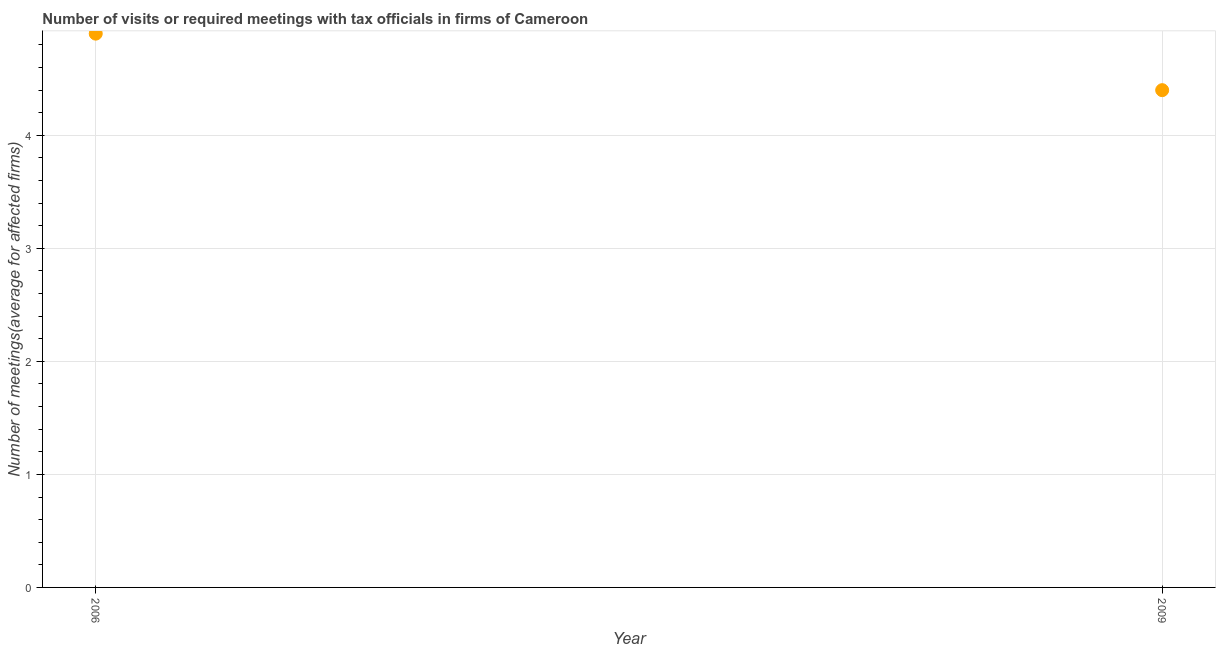
| Year | Meetings with tax officials |
 | --- | --- |
 | 2006 | 4.9 |
 | 2009 | 4.4 |